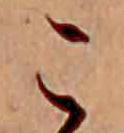
こ